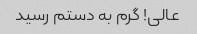
عالی! گرم به دستم رسید